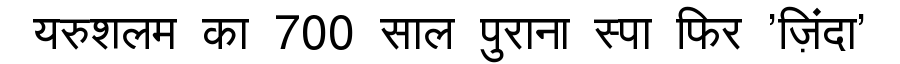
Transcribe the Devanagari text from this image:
यरुशलम का 700 साल पुराना स्पा फिर 'ज़िंदा'